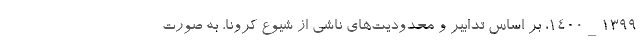
۱۳۹۹_۱۴۰۰، بر اساس تدابیر و محدودیت‌های ناشی از شیوع کرونا، به صورت